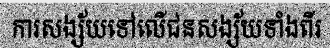
ការសង្ស័យទៅលើជនសង្ស័យទាំងពីរ